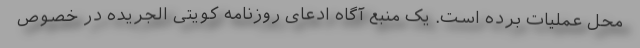
محل عملیات برده است. یک منبع آگاه ادعای روزنامه کویتی الجریده در خصوص